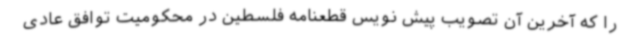
را که آخرین آن تصویب پیش نویس قطعنامه فلسطین در محکومیت توافق عادی